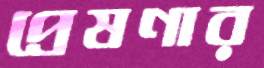
প্রেষণার